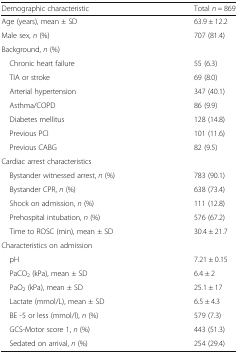
| Demographic characteristic | Total n = 869 |
 | --- | --- |
 | Age (years), mean ± SD | 63.9 ± 12.2 |
 | Male sex, n (%) | 707 (81.4) |
 | <COLSPAN=2> Background, n (%) |
 | Chronic heart failure | 55 (6.3) |
 | TIA or stroke | 69 (8.0) |
 | Arterial hypertension | 347 (40.1) |
 | Asthma/COPD | 86 (9.9) |
 | Diabetes mellitus | 128 (14.8) |
 | Previous PCI | 101 (11.6) |
 | Previous CABG | 82 (9.5) |
 | <COLSPAN=2> Cardiac arrest characteristics |
 | Bystander witnessed arrest, n (%) | 783 (90.1) |
 | Bystander CPR, n (%) | 638 (73.4) |
 | Shock on admission, n (%) | 111 (12.8) |
 | Prehospital intubation, n (%) | 576 (67.2) |
 | Time to ROSC (min), mean ± SD | 30.4 ± 21.7 |
 | <COLSPAN=2> Characteristics on admission |
 | pH | 7.21 ± 0.15 |
 | PaCO2 (kPa), mean ± SD | 6.4 ± 2 |
 | PaO2 (kPa), mean ± SD | 25.1 ± 17 |
 | Lactate (mmol/L), mean ± SD | 6.5 ± 4.3 |
 | BE -5 or less (mmol/l), n (%) | 579 (7.3) |
 | GCS-Motor score 1, n (%) | 443 (51.3) |
 | Sedated on arrival, n (%) | 254 (29.4) |